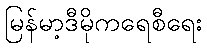
မြန်မာ့ဒီမိုကရေစီရေး